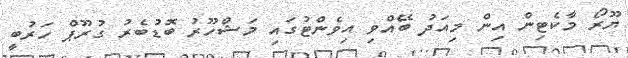
ޔޫރޯ މާކެޓިން އިން މިއަދު ބޭއްވި އިވެންޓުގައި މަޝްހޫރު ބޮޑުބެރު ގުރޫޕް ހަރުބީ